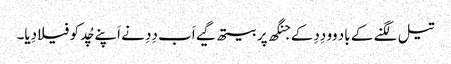
تیل لگنے کے باد وو دِدِ کے جنگھ پر بیتھ گیے اَب دِدِ نے اَپنے چُد کو فیلا دِیا۔